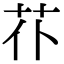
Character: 𦬙